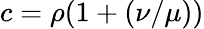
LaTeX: c=\rho(1+(\nu/\mu))